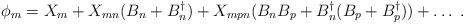
LaTeX: \begin{align*}\phi_{m} = X_{m} + X_{mn}( B_{n}+ B_{n}^{\dagger}) + X_{mpn}(B_{n}B_{p} + B_{n}^{\dagger}( B_{p}+ B_{p}^{\dagger})) + \ldots \;. \end{align*}